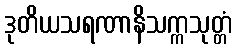
ဒုတိယသရဏာနိသက္ကသုတ္တံ